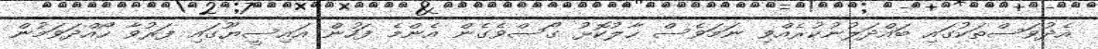
އެދުވަސްތަކުގައި ބައްދަލުނުކުރެއްވި ނަމަވެސް ހާލުކޮޅު ގޯސްވެގެން އެންމެ ފަހުން އައިސީޔޫގައި ފަރުވާ ހޯއްދަވަމުން